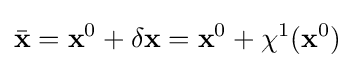
{\bar {\bf {x}}}={\bf {x}}^{0}+\delta {\bf {x}}={\bf {x}}^{0}+\chi ^{1}({\bf {x}}^{0})